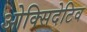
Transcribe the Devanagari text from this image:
ओक्सिदेटिव